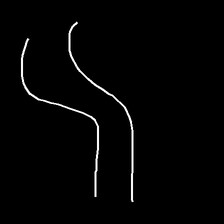
Glyph: float